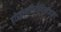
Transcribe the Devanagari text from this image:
हाइड्रोक्लोरोथियाजाइड